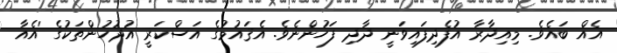
އެއް ބައެވެ. މިއިދާރާ އުފެދިފައިވަނީ ދާދި ފަހުންނެވެ. އެޤައުމުގެ އަސްކަރީ އުދުހުންތަކުގެ 'އެއާ